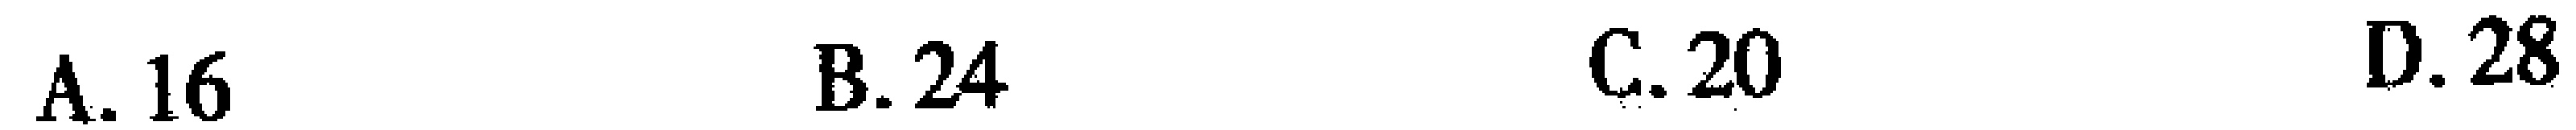
A. 16 \quad B. 24 \quad C. 20 \quad D. 28